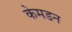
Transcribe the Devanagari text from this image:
केमडन